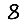
Digit: 8